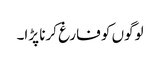
لوگوں کو فارغ کرنا پڑا۔